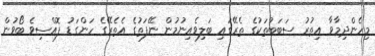
މިހެންދިމާވާ އިތުރު ސަބަބުތަކުގެ ތެރޭގައި ބަލިވެއިނުމުން ނޭފަތުގެ އެތެރޭގެ ހަންގަޑު ފޮއްސިވެ ބޯވުން